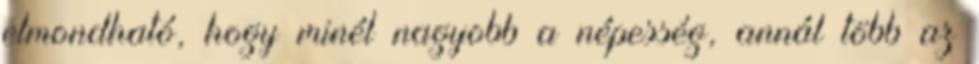
elmondható, hogy minél nagyobb a népesség, annál több az